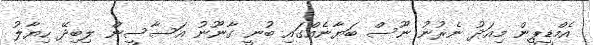
އެމްޑީޕީން މިއަދު ނެރުނު ނޫސް ބަޔާނެއްގައި ބުނީ ގާނޫނު އަސާސީން ލިބިދޭ ހިޔާލު